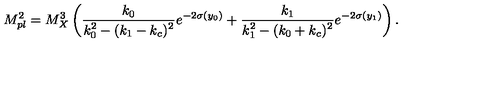
M _ { p l } ^ { 2 } = { M _ { X } ^ { 3 } } \left( { \frac { k _ { 0 } } { \displaystyle { k _ { 0 } ^ { 2 } - ( k _ { 1 } - k _ { c } ) ^ { 2 } } } } e ^ { - 2 \sigma ( y _ { 0 } ) } + { \frac { k _ { 1 } } { \displaystyle { k _ { 1 } ^ { 2 } - ( k _ { 0 } + k _ { c } ) ^ { 2 } } } } e ^ { - 2 \sigma ( y _ { 1 } ) } \right) . \,